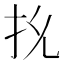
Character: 𭠐